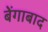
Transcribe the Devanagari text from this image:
बेंगाबाद